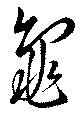
亀